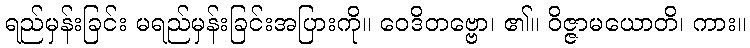
ရည်မှန်းခြင်း မရည်မှန်းခြင်းအပြားကို။ ဝေဒိတဗ္ဗော၊ ၏။ ဝိဇ္ဇာမယောတိ၊ ကား။